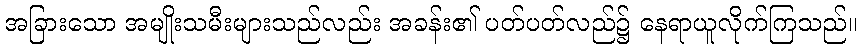
အခြားသော အမျိုးသမီးများသည်လည်း အခန်း၏ ပတ်ပတ်လည်၌ နေရာယူလိုက်ကြသည်။